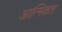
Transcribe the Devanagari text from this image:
आत्मिकता